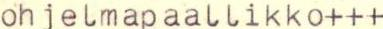
ohjelmapaallikko+++